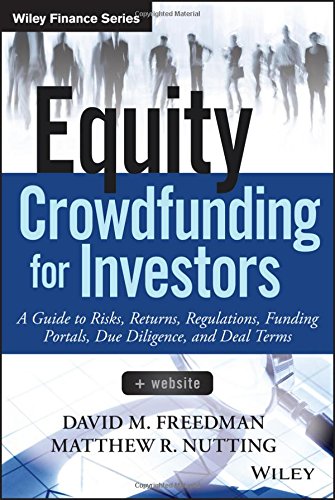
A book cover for Equity Crowdfunding for Investors: A Guide to Risks, Returns, Regulations, Funding Portals, Due Diligence, and Deal Terms (Wiley Finance); David M. Freedman; Business & Money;